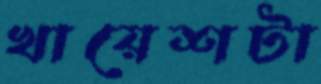
খায়েশটা